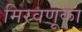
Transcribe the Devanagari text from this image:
मिरवणूका